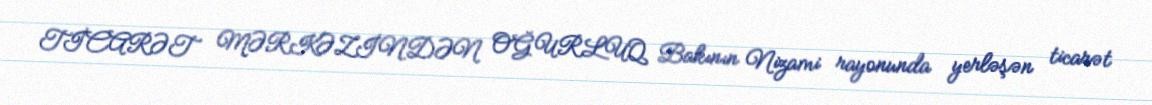
TİCARƏT MƏRKƏZİNDƏN OĞURLUQ Bakının Nizami rayonunda yerləşən ticarət